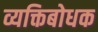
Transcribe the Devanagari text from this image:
व्यक्तिबोधक